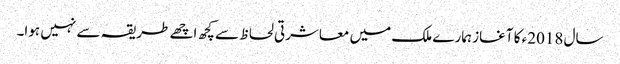
سال 2018ء کا آغاز ہمارے ملک میں معاشرتی لحاظ سے کچھ اچھے طریقہ سے نہیں ہوا۔